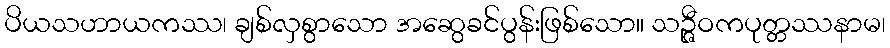
ပိယသဟာယကဿ၊ ချစ်လှစွာသော အဆွေခင်ပွန်းဖြစ်သော။ သဉ္ဇီဝကပုတ္တဿနာမ၊